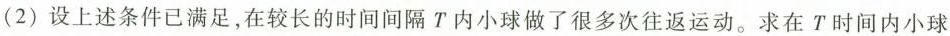
(2) 设上述条件已满足，在较长的时间间隔T内小球做了很多次往返运动。求在T时间内小球